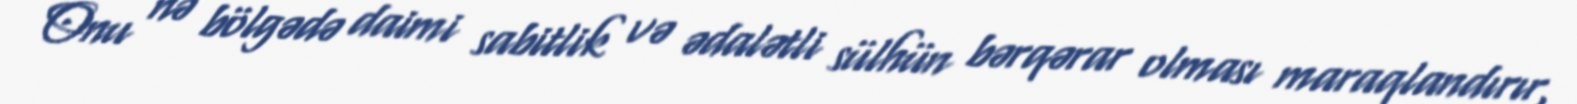
Onu nə bölgədə daimi sabitlik və ədalətli sülhün bərqərar olması maraqlandırır,